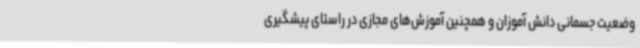
وضعیت جسمانی دانش آموزان و همچنین آموزش‌های مجازی در راستای پیشگیری